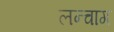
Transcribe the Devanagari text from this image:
लन्चाग